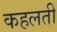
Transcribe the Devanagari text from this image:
कहलती